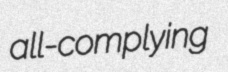
all-complying